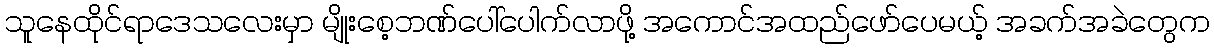
သူနေထိုင်ရာဒေသလေးမှာ မျိုးစေ့ဘဏ်ပေါ်ပေါက်လာဖို့ အကောင်အထည်ဖော်ပေမယ့် အခက်အခဲတွေက